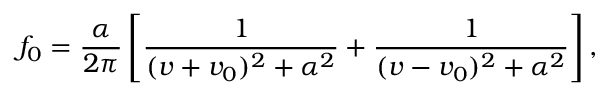
f _ { 0 } = \frac { \alpha } { 2 \pi } \left[ \frac { 1 } { ( v + v _ { 0 } ) ^ { 2 } + \alpha ^ { 2 } } + \frac { 1 } { ( v - v _ { 0 } ) ^ { 2 } + \alpha ^ { 2 } } \right] ,